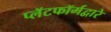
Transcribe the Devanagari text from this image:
प्लॅटफॉर्मद्वारे